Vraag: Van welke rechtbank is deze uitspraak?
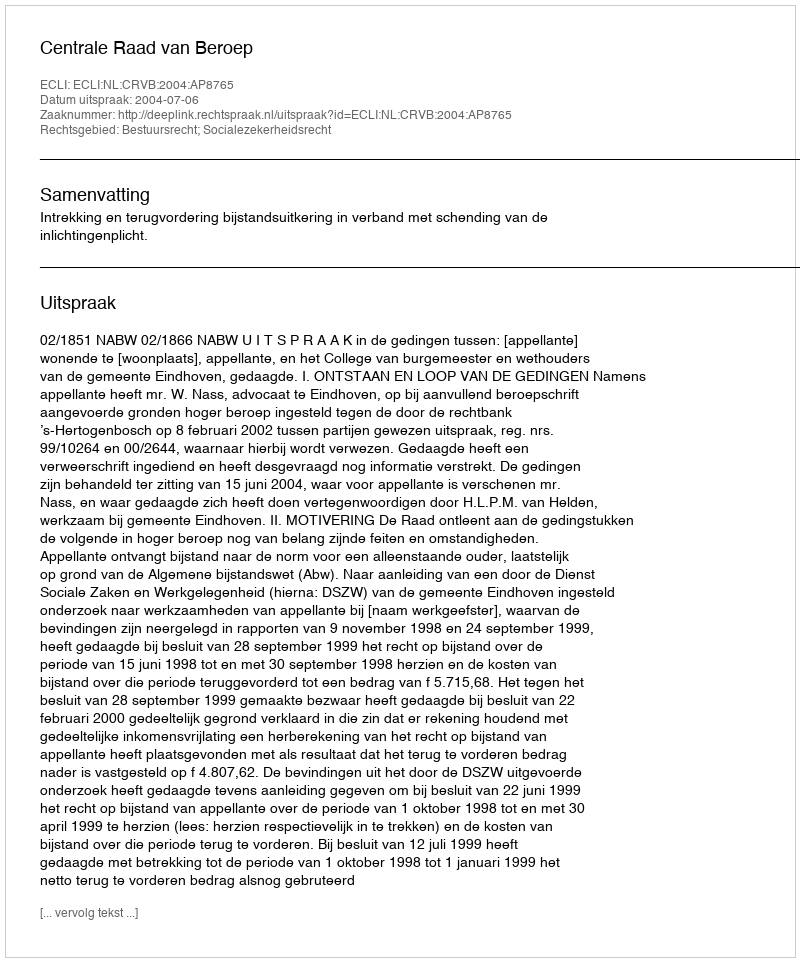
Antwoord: Centrale Raad van Beroep